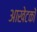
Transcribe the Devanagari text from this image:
आखेटकों